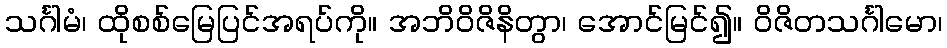
သင်္ဂါမံ၊ ထိုစစ်မြေပြင်အရပ်ကို။ အဘိဝိဇိနိတွာ၊ အောင်မြင်၍။ ဝိဇိတသင်္ဂါမော၊